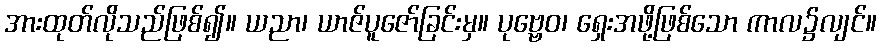
အားထုတ်လိုသည်ဖြစ်၍။ ယညာ၊ ယာဇ်ပူဇော်ခြင်းမှ။ ပုဗ္ဗေဝ၊ ရှေးအဖို့ဖြစ်သော ကာလ၌လျင်။